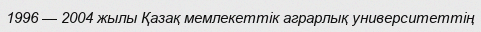
1996 — 2004 жылы Қазақ мемлекеттік аграрлық университеттің